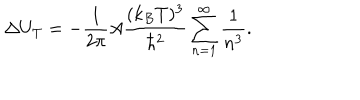
\Delta U _ { T } = - { \frac { 1 } { 2 \pi } } A { \frac { ( k _ { B } T ) ^ { 3 } } { \hbar ^ { 2 } } } \sum _ { n = 1 } ^ { \infty } { \frac { 1 } { n ^ { 3 } } } .